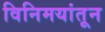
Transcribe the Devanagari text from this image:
विनिमयांतून